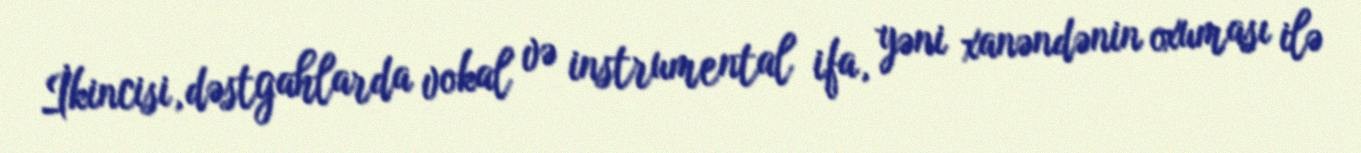
İkincisi, dəstgahlarda vokal və instrumental ifa, yəni xanəndənin oxuması ilə